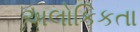
અલોકિકતા